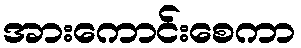
အားကောင်းစေကာ